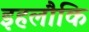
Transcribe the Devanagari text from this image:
इहलौकि